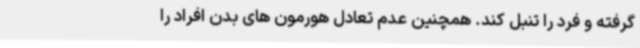
گرفته و فرد را تنبل کند. همچنین عدم تعادل هورمون های بدن افراد را